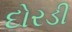
દોરડી